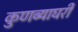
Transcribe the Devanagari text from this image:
कुणब्याघरी